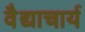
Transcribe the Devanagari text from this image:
वैद्याचार्य